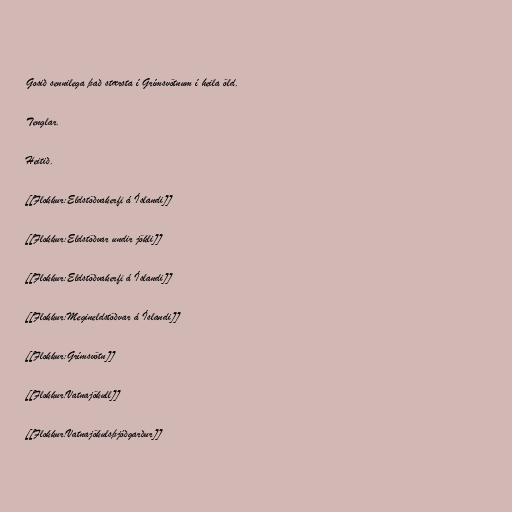
Gosið sennilega það stærsta í Grímsvötnum í heila öld.

Tenglar.

Heitið.

[[Flokkur:Eldstöðvakerfi á Íslandi]]

[[Flokkur:Eldstöðvar undir jökli]]

[[Flokkur:Eldstöðvakerfi á Íslandi]]

[[Flokkur:Megineldstöðvar á Íslandi]]

[[Flokkur:Grímsvötn]]

[[Flokkur:Vatnajökull]]

[[Flokkur:Vatnajökulsþjóðgarður]]